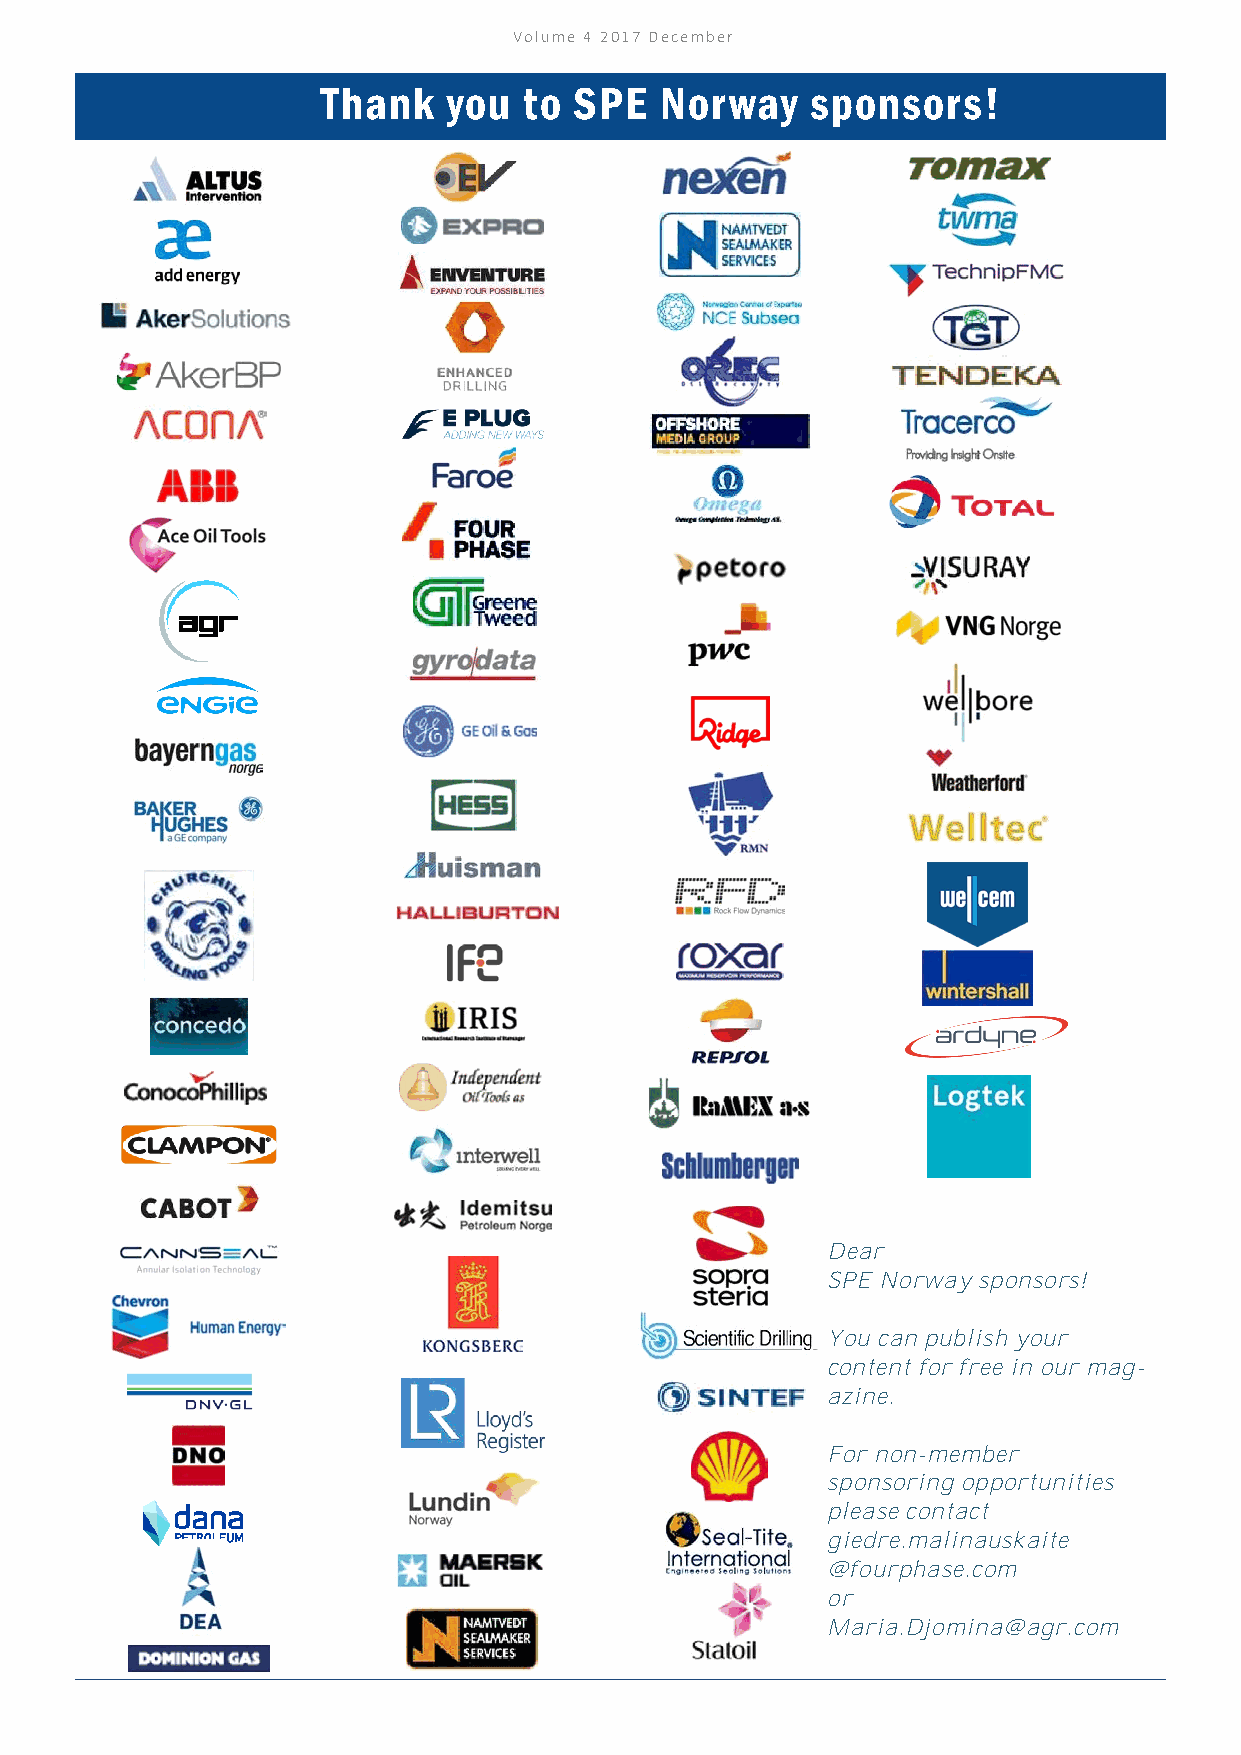
Volume 4 2017 December
 Thank    you  to SPE   Norway    sponsors!
 Dear
 SPE Norway sponsors!
 You can publish your
 content for free in our mag-
 azine.
 For non-member
 sponsoring opportunities
 please contact
 giedre.malinauskaite
 @fourphase.com
 or
 Maria.Djomina@agr.com